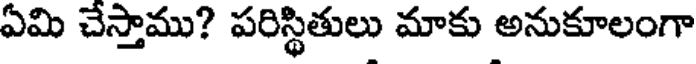
ఏమి చేస్తాము? పరిస్థితులు మాకు అనుకూలంగా